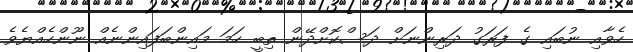
ހެވާއި ނުބައި ގެ ފަރަގު ދަރިންނަށް ދަސްކޮށްދޭން ތިބީ ހަމަ މައިންބަފައިންނެއް ނޫންހެއްޔެވެ